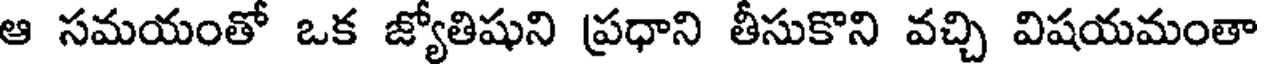
ఆ సమయంతో ఒక జ్యోతిషుని ప్రధాని తీసుకొని వచ్చి విషయమంతా